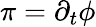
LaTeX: \pi=\partial_{t}\phi